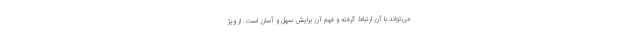
می‌تواند با آن ارتباط گرفته و فهم آن برایش سهل و آسان است. از ویژ